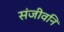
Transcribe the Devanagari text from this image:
संजीवनि